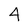
Character: 4